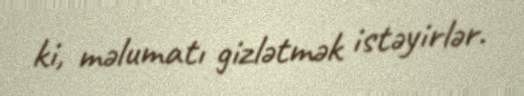
ki, məlumatı gizlətmək istəyirlər.